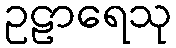
ဥဠာရေသု